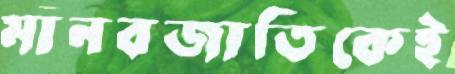
মানবজাতিকেই